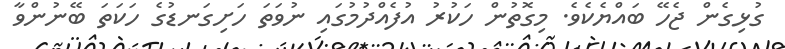
ގުޅިގެން ޖެހޭ ބައްޔެކެވެ. މިގޮތުން ހަކުރު އުފެއްދުމުގައި ނުވަތަ ހަށިގަނޑުގެ ހަކަތަ ބޭނުންވާ